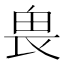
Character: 𠂽